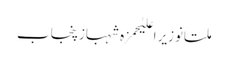
ملتانوزیر اعلیٰحمزہ شہبازپنجاب